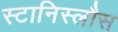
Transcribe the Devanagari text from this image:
स्टानिस्लौस